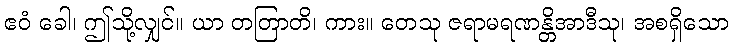
ဧဝံ ခေါ၊ ဤသို့လျှင်။ ယာ တတြာတိ၊ ကား။ တေသု ဇရာမရဏန္တိအာဒီသု၊ အစရှိသော